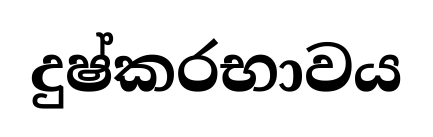
දුෂ්කරභාවය